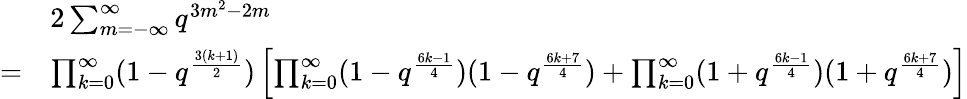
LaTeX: \begin{array}{rl}&{2\sum_{m=-\infty}^{\infty}q^{3m^{2}-2m}}\\ {=}&{\prod_{k=0}^{\infty}(1-q^{\frac{3(k+1)}{2}})\left[\prod_{k=0}^{\infty}(1-q^{\frac{6k-1}{4}})(1-q^{\frac{6k+7}{4}})+\prod_{k=0}^{\infty}(1+q^{\frac{6k-1}{4}})(1+q^{\frac{6k+7}{4}})\right]}\end{array}